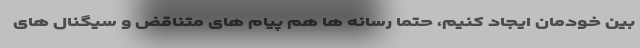
بین خودمان ایجاد کنیم، حتما رسانه ها هم پیام های متناقض و سیگنال های